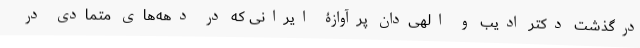
درگذشت دکتر ادیب و الهی‌دان پرآوازۀ ایرانی که در دهه‌های متمادی در